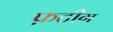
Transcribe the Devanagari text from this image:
फ़टीग